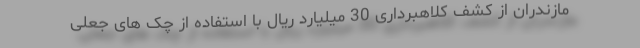
مازندران از کشف کلاهبرداری 30 میلیارد ریال با استفاده از چک های جعلی